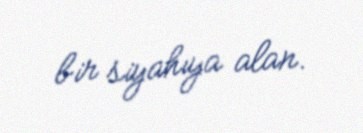
bir siyahıya alan.